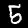
Label: 5